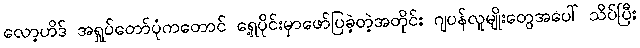
လော့ဟိဒ် အရှုပ်တော်ပုံကတောင် ရှေ့ပိုင်းမှာဖော်ပြခဲ့တဲ့အတိုင်း ဂျပန်လူမျိုးတွေအပေါ် သိပ်ပြီး